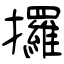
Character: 攞